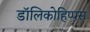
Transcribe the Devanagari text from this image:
डॉलिकोहिप्पस